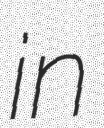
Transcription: in